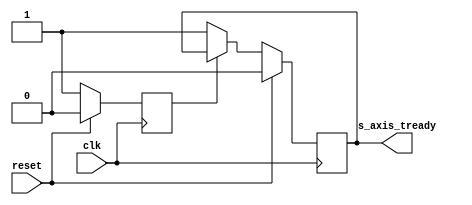


// CBG Orangepath HPR L/S System

// Verilog output file generated at 17/07/2016 21:43:58
// Kiwi Scientific Acceleration (KiwiC .net/CIL/C# to Verilog/SystemC compiler): Version alpha 2.15h : 27th-June-2016 Unix 14.5.0.0
//  /Users/nik/xoghol/CL/NaaS/NaaS_github/emu/bitbucket-hprls2/kiwipro/kiwic/distro/lib/kiwic.exe out/Reference_Switch_Lite.dll out/Emu.dll out/Transceiver.dll out/NetFPGA.dll out/Protocols.dll -bevelab-default-pause-mode=hard -vnl-resets=synchronous -vnl-roundtrip=disable -res2-loadstore-port-count=0 -restructure2=disable -conerefine=disable -vnl out/Reference_Switch_Lite.v
`timescale 1ns/1ns


module out_Reference_Switch_Lite(output reg s_axis_tready, input clk, input reset);
  wire [31:0] Reference_Switch_Lite_LUT_SIZE;
  reg [63:0] Reference_Switch_Lite_LUT;
  reg [63:0] Reference_Switch_Lite_DEFAULT_oqs;
  reg [31:0] RTEnCZ_0_2_blockrefxxnewobj12;
  reg [31:0] RTET4EntryPoint_V_0;
  wire [31:0] ktop18;
  reg [63:0] fastspilldup10;
  reg [63:0] CS0_3_refxxarray20;
  wire [31:0] ktop16;
  reg [63:0] CS0_24_refxxarray18;
  reg [63:0] CS0_19_refxxarray16;
  reg CS0_14_refxxarray14;
  reg [7:0] CS0_9_refxxarray12;
  reg [63:0] CS0_4_refxxarray10;
  reg [31:0] ET_cCZ_0_1_blockrefxxnewobj10;
  reg [31:0] EmTransceiver_dataplane;
  wire [31:0] ktop14;
  reg SyBitConverter_IsLittleEndian;
  wire [31:0] ktop12;
  reg [63:0] KiKiwi_tnow;
  reg [31:0] KiKiwi_old_pausemode_value;
  wire [31:0] ktop10;
  reg [63:0] A_64_US_CC_SCALbx10_SCALARP0_0;
  reg [63:0] A_64_US_CC_SCALbx10_SCALARO1_0;
  reg [63:0] A_64_US_CC_SCALbx10_SCALARN2_0;
  reg [63:0] A_64_US_CC_SCALbx10_SCALARM3_0;
  reg [63:0] A_64_US_CC_SCALbx10_SCALARL4_0;
  reg [63:0] A_64_US_CC_SCALbx10_SCALARK5_0;
  reg [63:0] A_64_US_CC_SCALbx10_SCALARJ6_0;
  reg [63:0] A_64_US_CC_SCALbx10_SCALARI7_0;
  reg [63:0] A_64_US_CC_SCALbx10_SCALARH8_0;
  reg [63:0] A_64_US_CC_SCALbx10_SCALARG9_0;
  reg [63:0] A_64_US_CC_SCALbx10_SCALARF10_0;
  reg [63:0] A_64_US_CC_SCALbx10_SCALARE11_0;
  reg [63:0] A_64_US_CC_SCALbx10_SCALARD12_0;
  reg [63:0] A_64_US_CC_SCALbx10_SCALARC13_0;
  reg [63:0] A_64_US_CC_SCALbx10_SCALARB14_0;
  reg [63:0] A_64_US_CC_SCALbx10_SCALARA15_0;
  reg [31:0] A_A_64_US_CC_SCALbx16_tuser_low;
  reg [31:0] A_A_64_US_CC_SCALbx16_tuser_hi;
  reg [31:0] A_A_64_US_CC_SCALbx16_tdata;
  reg [31:0] A_A_8_US_CC_SCALbx16_tkeep;
  reg [31:0] A_sA_BOOL_CC_SCALbx16_tlast;
  reg xpc10;
 always   @(posedge clk )  begin 
      //Start structure HPR out/Protocols.dll
      if (reset)  begin 
               xpc10 <= 1'd0;
               RTET4EntryPoint_V_0 <= 32'd0;
               RTEnCZ_0_2_blockrefxxnewobj12 <= 32'd0;
               KiKiwi_tnow <= 64'd0;
               KiKiwi_old_pausemode_value <= 32'd0;
               SyBitConverter_IsLittleEndian <= 1'd0;
               s_axis_tready <= 1'd0;
               EmTransceiver_dataplane <= 32'd0;
               A_A_64_US_CC_SCALbx16_tuser_low <= 32'd0;
               CS0_24_refxxarray18 <= 64'd0;
               A_A_64_US_CC_SCALbx16_tuser_hi <= 32'd0;
               CS0_19_refxxarray16 <= 64'd0;
               A_sA_BOOL_CC_SCALbx16_tlast <= 32'd0;
               CS0_14_refxxarray14 <= 1'd0;
               A_A_8_US_CC_SCALbx16_tkeep <= 32'd0;
               CS0_9_refxxarray12 <= 8'd0;
               A_A_64_US_CC_SCALbx16_tdata <= 32'd0;
               CS0_4_refxxarray10 <= 64'd0;
               ET_cCZ_0_1_blockrefxxnewobj10 <= 32'd0;
               Reference_Switch_Lite_DEFAULT_oqs <= 64'd0;
               Reference_Switch_Lite_LUT <= 64'd0;
               A_64_US_CC_SCALbx10_SCALARP0_0 <= 64'd0;
               A_64_US_CC_SCALbx10_SCALARO1_0 <= 64'd0;
               A_64_US_CC_SCALbx10_SCALARN2_0 <= 64'd0;
               A_64_US_CC_SCALbx10_SCALARM3_0 <= 64'd0;
               A_64_US_CC_SCALbx10_SCALARL4_0 <= 64'd0;
               A_64_US_CC_SCALbx10_SCALARK5_0 <= 64'd0;
               A_64_US_CC_SCALbx10_SCALARJ6_0 <= 64'd0;
               A_64_US_CC_SCALbx10_SCALARI7_0 <= 64'd0;
               A_64_US_CC_SCALbx10_SCALARH8_0 <= 64'd0;
               A_64_US_CC_SCALbx10_SCALARG9_0 <= 64'd0;
               A_64_US_CC_SCALbx10_SCALARF10_0 <= 64'd0;
               A_64_US_CC_SCALbx10_SCALARE11_0 <= 64'd0;
               A_64_US_CC_SCALbx10_SCALARD12_0 <= 64'd0;
               A_64_US_CC_SCALbx10_SCALARC13_0 <= 64'd0;
               A_64_US_CC_SCALbx10_SCALARB14_0 <= 64'd0;
               A_64_US_CC_SCALbx10_SCALARA15_0 <= 64'd0;
               fastspilldup10 <= 64'd0;
               CS0_3_refxxarray20 <= 64'd0;
               end 
               else if ((xpc10==0/*US*/))  begin 
                   xpc10 <= 1'd1/*xpc10:1*/;
                   RTET4EntryPoint_V_0 <= 32'd0;
                   RTEnCZ_0_2_blockrefxxnewobj12 <= 32'd0;
                   KiKiwi_tnow <= 64'h0;
                   KiKiwi_old_pausemode_value <= 32'h2;
                   SyBitConverter_IsLittleEndian <= 1'h1;
                   s_axis_tready <= 1'h1;
                   EmTransceiver_dataplane <= 32'd0;
                   A_A_64_US_CC_SCALbx16_tuser_low <= 64'd0;
                   CS0_24_refxxarray18 <= 64'd0;
                   A_A_64_US_CC_SCALbx16_tuser_hi <= 64'd0;
                   CS0_19_refxxarray16 <= 64'd0;
                   A_sA_BOOL_CC_SCALbx16_tlast <= 1'd0;
                   CS0_14_refxxarray14 <= 1'd0;
                   A_A_8_US_CC_SCALbx16_tkeep <= 8'd0;
                   CS0_9_refxxarray12 <= 8'd0;
                   A_A_64_US_CC_SCALbx16_tdata <= 64'd0;
                   CS0_4_refxxarray10 <= 64'd0;
                   ET_cCZ_0_1_blockrefxxnewobj10 <= 32'd0;
                   Reference_Switch_Lite_DEFAULT_oqs <= 64'h55_0000;
                   Reference_Switch_Lite_LUT <= 64'd0;
                   A_64_US_CC_SCALbx10_SCALARP0_0 <= 64'h1;
                   A_64_US_CC_SCALbx10_SCALARO1_0 <= 64'h1;
                   A_64_US_CC_SCALbx10_SCALARN2_0 <= 64'h1;
                   A_64_US_CC_SCALbx10_SCALARM3_0 <= 64'h1;
                   A_64_US_CC_SCALbx10_SCALARL4_0 <= 64'h1;
                   A_64_US_CC_SCALbx10_SCALARK5_0 <= 64'h1;
                   A_64_US_CC_SCALbx10_SCALARJ6_0 <= 64'h1;
                   A_64_US_CC_SCALbx10_SCALARI7_0 <= 64'h1;
                   A_64_US_CC_SCALbx10_SCALARH8_0 <= 64'h1;
                   A_64_US_CC_SCALbx10_SCALARG9_0 <= 64'h1;
                   A_64_US_CC_SCALbx10_SCALARF10_0 <= 64'h1;
                   A_64_US_CC_SCALbx10_SCALARE11_0 <= 64'h1;
                   A_64_US_CC_SCALbx10_SCALARD12_0 <= 64'h1;
                   A_64_US_CC_SCALbx10_SCALARC13_0 <= 64'h1;
                   A_64_US_CC_SCALbx10_SCALARB14_0 <= 64'h1;
                   A_64_US_CC_SCALbx10_SCALARA15_0 <= 64'h1;
                   fastspilldup10 <= 64'd0;
                   CS0_3_refxxarray20 <= 64'd0;
                   end 
                  //End structure HPR out/Protocols.dll


       end 
      

// 3 vectors of width 1
// 10 vectors of width 32
// 24 vectors of width 64
// 1 vectors of width 8
// Total state bits in module = 1867 bits.
// 192 continuously assigned (wire/non-state) bits 
// Total number of leaf cells = 0
endmodule

//  
// LCP delay estimations included: turn off with -vnl-lcp-delay-estimate=disable
//HPR L/S (orangepath) auxiliary reports.
//KiwiC compilation report
//Kiwi Scientific Acceleration (KiwiC .net/CIL/C# to Verilog/SystemC compiler): Version alpha 2.15h : 27th-June-2016
//17/07/2016 21:43:56
//Cmd line args:  /Users/nik/xoghol/CL/NaaS/NaaS_github/emu/bitbucket-hprls2/kiwipro/kiwic/distro/lib/kiwic.exe out/Reference_Switch_Lite.dll out/Emu.dll out/Transceiver.dll out/NetFPGA.dll out/Protocols.dll -bevelab-default-pause-mode=hard -vnl-resets=synchronous -vnl-roundtrip=disable -res2-loadstore-port-count=0 -restructure2=disable -conerefine=disable -vnl out/Reference_Switch_Lite.v


//----------------------------------------------------------

//Report from KiwiC-fe.rpt:::
//KiwiC: front end input processing of class or method called KiwiSystem/Kiwi
//
//root_walk start thread at a static method (used as an entry point). Method name=.cctor uid=cctor10
//
//KiwiC start_thread (or entry point) id=cctor10
//
//Root method elaborated: specificf=S_kickoff_collate leftover=1+0
//
//KiwiC: front end input processing of class or method called System/BitConverter
//
//root_walk start thread at a static method (used as an entry point). Method name=.cctor uid=cctor12
//
//KiwiC start_thread (or entry point) id=cctor12
//
//Root method elaborated: specificf=S_kickoff_collate leftover=1+1
//
//KiwiC: front end input processing of class or method called Emu/Transceiver
//
//root_walk start thread at a static method (used as an entry point). Method name=.cctor uid=cctor14
//
//KiwiC start_thread (or entry point) id=cctor14
//
//Root method elaborated: specificf=S_kickoff_collate leftover=1+2
//
//KiwiC: front end input processing of class or method called Reference_Switch_Lite
//
//root_walk start thread at a static method (used as an entry point). Method name=.cctor uid=cctor16
//
//KiwiC start_thread (or entry point) id=cctor16
//
//Root method elaborated: specificf=S_kickoff_collate leftover=1+3
//
//KiwiC: front end input processing of class or method called Reference_Switch_Lite
//
//root_compiler: start elaborating class 'Reference_Switch_Lite'
//
//elaborating class 'Reference_Switch_Lite'
//
//compiling static method as entry point: style=Root idl=Reference_Switch_Lite/EntryPoint
//
//Performing root elaboration of method EntryPoint
//
//KiwiC start_thread (or entry point) id=EntryPoint10
//
//root_compiler class done: Reference_Switch_Lite
//
//Report of all settings used from the recipe or command line:
//
//   cil-uwind-budget=10000
//
//   kiwic-finish=enable
//
//   kiwic-cil-dump=disable
//
//   kiwic-kcode-dump=disable
//
//   array-4d-name=KIWIARRAY4D
//
//   array-3d-name=KIWIARRAY3D
//
//   array-2d-name=KIWIARRAY2D
//
//   kiwi-dll=Kiwi.dll
//
//   kiwic-dll=Kiwic.dll
//
//   kiwic-zerolength-arrays=disable
//
//   kiwic-fpgaconsole-default=enable
//
//   postgen-optimise=enable
//
//   gtrace-loglevel=20
//
//   intcil-loglevel=20
//
//   firstpass-loglevel=20
//
//   root=$attributeroot
//
//   ?>?=srcfile, out/Reference_Switch_Lite.dll, out/Emu.dll, out/Transceiver.dll, out/NetFPGA.dll, out/Protocols.dll
//
//END OF KIWIC REPORT FILE
//

//----------------------------------------------------------

//Report from enumbers:::
//Concise expression alias report.
//
//  -- No expression aliases to report
//

//----------------------------------------------------------

//Report from verilog_render:::
//3 vectors of width 1
//
//10 vectors of width 32
//
//24 vectors of width 64
//
//1 vectors of width 8
//
//Total state bits in module = 1867 bits.
//
//192 continuously assigned (wire/non-state) bits 
//
//Total number of leaf cells = 0
//

//Major Statistics Report:
//Thread .cctor uid=cctor10 has 3 CIL instructions in 1 basic blocks
//Thread .cctor uid=cctor12 has 2 CIL instructions in 1 basic blocks
//Thread .cctor uid=cctor14 has 14 CIL instructions in 1 basic blocks
//Thread .cctor uid=cctor16 has 6 CIL instructions in 1 basic blocks
//Thread EntryPoint uid=EntryPoint10 has 6 CIL instructions in 2 basic blocks
//Thread mpc10 has 2 bevelab control states (pauses)
// eof (HPR L/S Verilog)